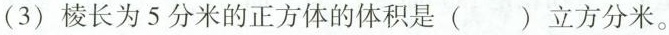
(3)棱长为5分米的正方体的体积是( )立方分米。